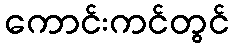
ကောင်းကင်တွင်